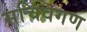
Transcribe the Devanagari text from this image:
सचिवगण